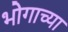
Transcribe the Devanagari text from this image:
भोगाच्या